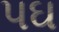
પઘ